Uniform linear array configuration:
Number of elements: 4
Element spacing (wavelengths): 0.5
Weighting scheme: uniform
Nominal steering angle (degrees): -45
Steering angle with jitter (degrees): -45.466
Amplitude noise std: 0.05
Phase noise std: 0.05

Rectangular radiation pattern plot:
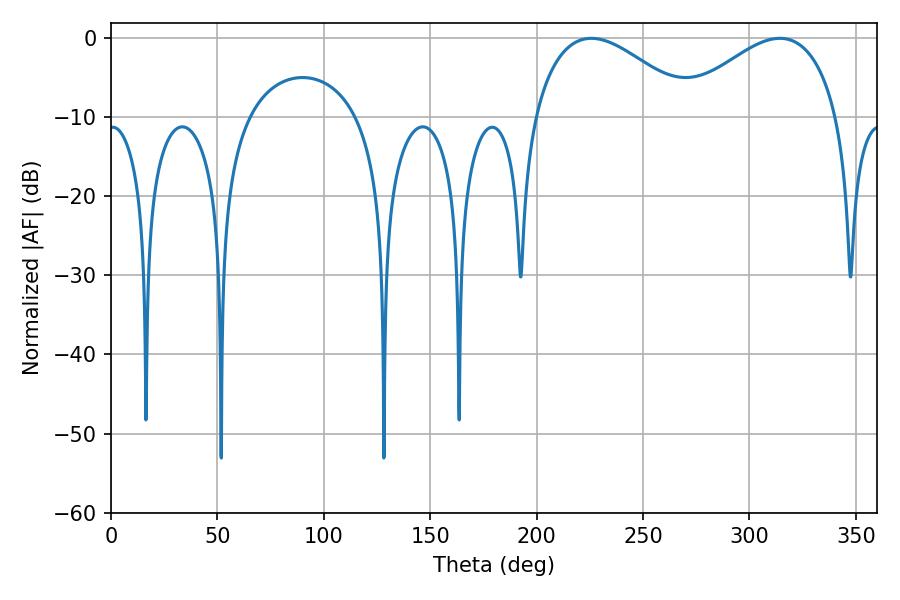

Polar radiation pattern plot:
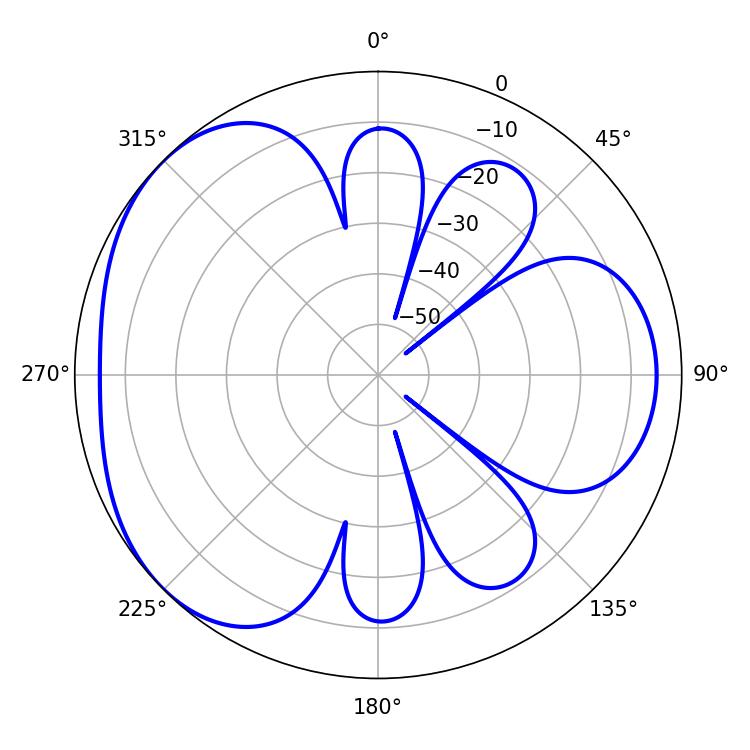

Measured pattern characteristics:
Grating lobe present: FALSE
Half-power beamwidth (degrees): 41.22
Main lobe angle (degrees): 225.72